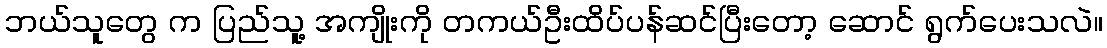
ဘယ်သူတွေ က ပြည်သူ့ အကျိုးကို တကယ်ဦးထိပ်ပန်ဆင်ပြီးတော့ ဆောင် ရွက်ပေးသလဲ။